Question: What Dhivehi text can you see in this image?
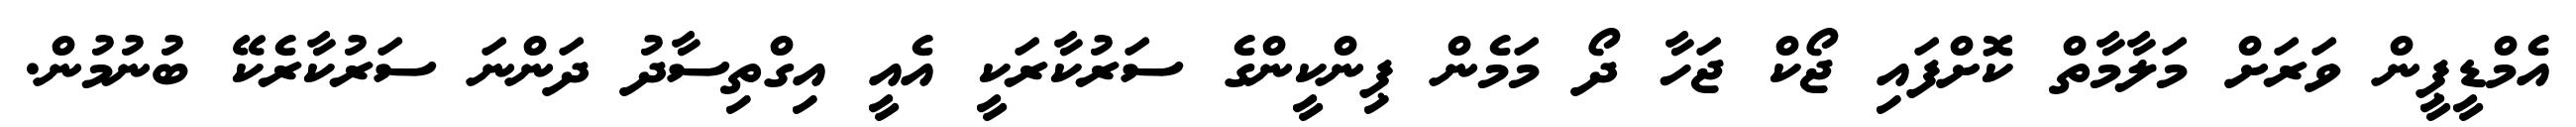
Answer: އެމްޑީޕީން ވަރަށް މަލާމާތް ކޮށްފައި ޖޯކް ޖަހާ ދޯ މަމެން ޕިންކީންގެ ސަރުކާރަކީ އެއީ އިގްތިސާދު ދަންނަ ސަރުކާރެކޭ ބުނުމުން.